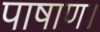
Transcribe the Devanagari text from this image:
पाषाण।